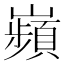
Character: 𫶡